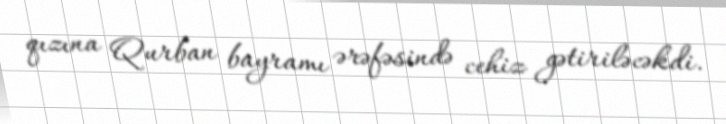
qızına Qurban bayramı ərəfəsində cehiz gətiriləcəkdi.